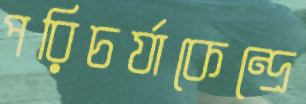
পরিচর্যাকেন্দ্রে